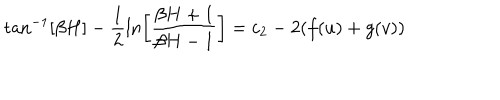
LaTeX: \tan ^ { - 1 } [ \beta H ] - \frac { 1 } { 2 } \ln \left[ \frac { \beta H + 1 } { \beta H - 1 } \right] = c _ { 2 } - 2 ( f ( u ) + g ( v ) )